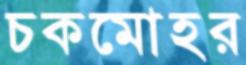
চকমোহর